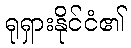
ရုရှားနိုင်ငံ၏